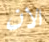
الان